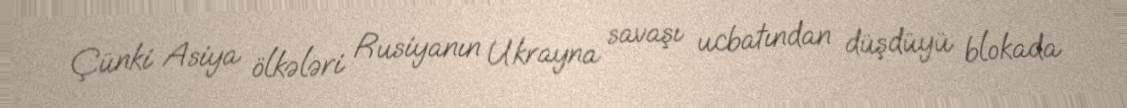
Çünki Asiya ölkələri Rusiyanın Ukrayna savaşı ucbatından düşdüyü blokada